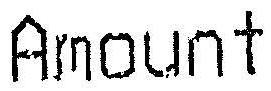
AMOUNT